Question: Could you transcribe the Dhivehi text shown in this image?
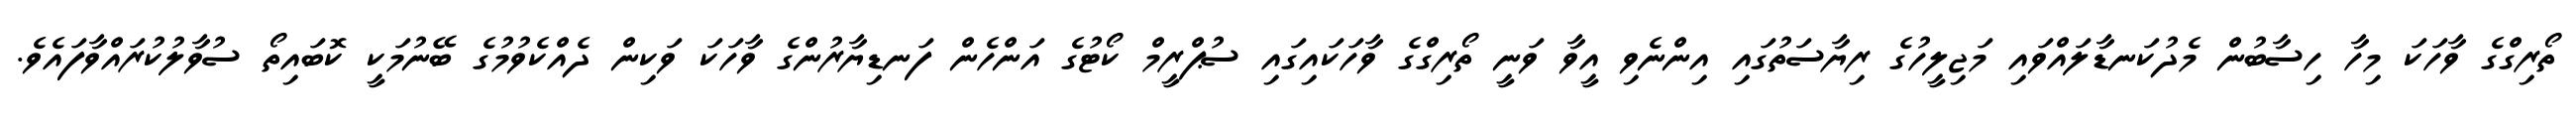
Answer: ތޯރިގްގެ ވާހަކަ މިހާ ހިސާބުން މެދުކަނޑާލައްވައި މަޖިލީހުގެ ރިޔާސަތުގައި އިންނެވި އީވާ ވަނީ ތޯރިގްގެ ވާހަކައިގައި ސުޕްރީމް ކޯޓުގެ އަންހެން ފަނޑިޔާރުންގެ ވާހަކަ ވަކިން ދެއްކެވުމުގެ ބޭނުމަކީ ކޮބައިތޯ ސުވާލުކުރައްވާފައެވެ.